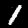
Digit: 1